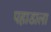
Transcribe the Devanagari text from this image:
पहाडाला